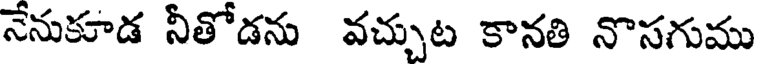
నేనుకూడ నీతోడను వచ్చుట కానతి నొసగుము